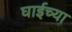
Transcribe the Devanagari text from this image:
घाईच्या